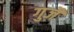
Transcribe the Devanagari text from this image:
गुजै